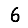
Digit: 6